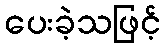
ပေးခဲ့သဖြင့်